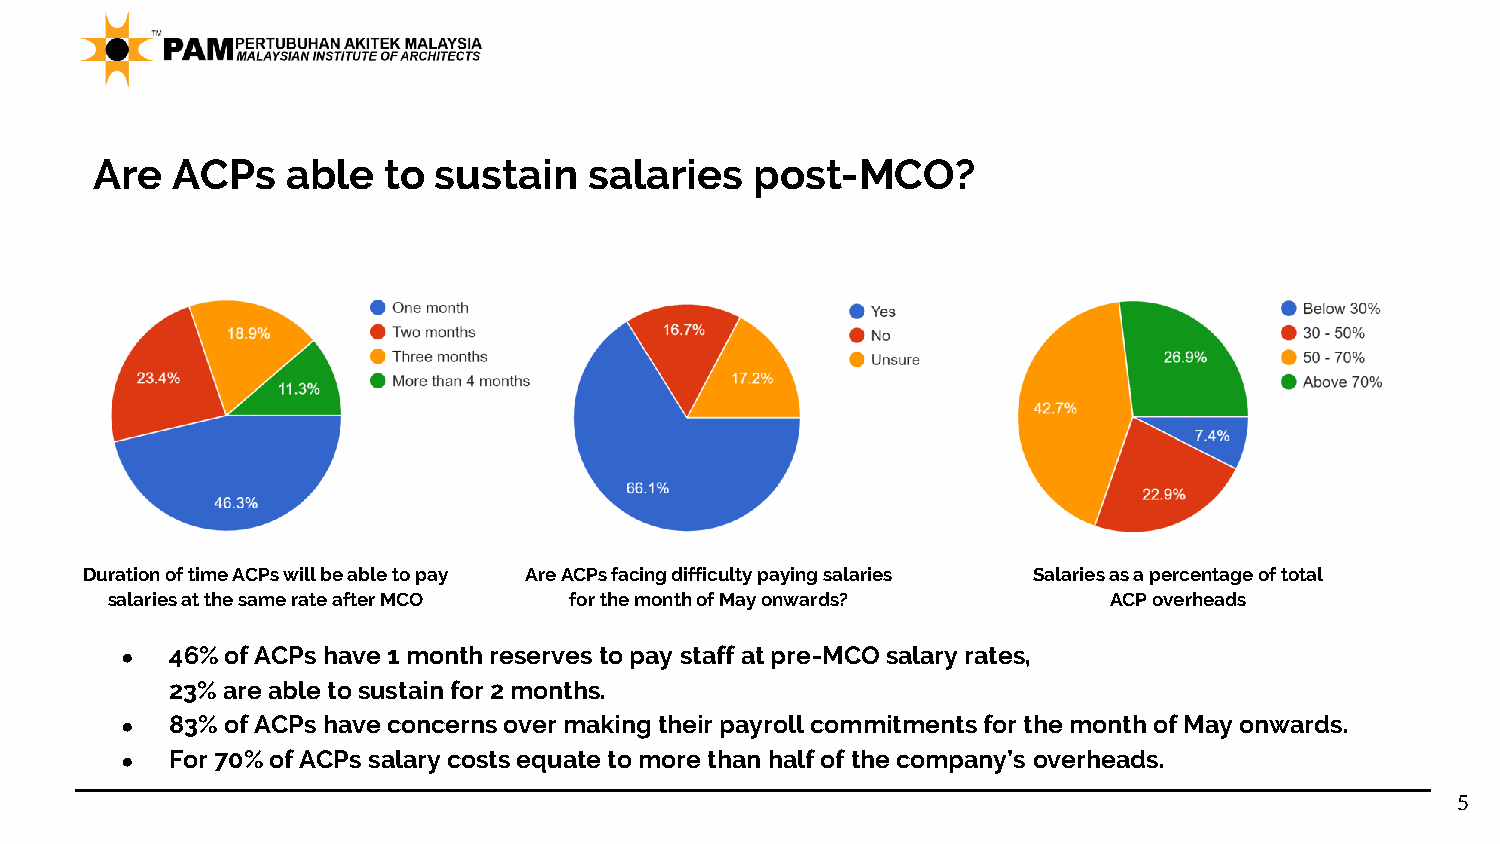
Are  ACPs    able  to  sustain   salaries   post-MCO?
 Duration of time ACPs will be able to pay Are ACPs facing difficulty paying salaries Salaries as a percentage of total
 salaries at the same rate after MCO for the month of May onwards?  ACP overheads
 ●  46% of ACPs have 1 month reserves to pay staff at pre-MCO salary rates,
 23% are able to sustain for 2 months.
 ●  83% of ACPs have concerns over making their payroll commitments for the month of May onwards.
 ●  For 70% of ACPs salary costs equate to more than half of the company’s overheads.
 5